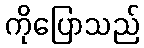
ကိုပြောသည်